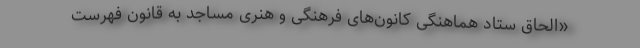
«الحاق ستاد هماهنگی کانون‌های فرهنگی و هنری مساجد به قانون فهرست